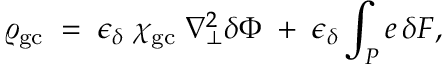
\varrho _ { \mathrm { g c } } \; = \; \epsilon _ { \delta } \; \chi _ { \mathrm { g c } } \; \nabla _ { \bot } ^ { 2 } \delta \Phi \; + \; \epsilon _ { \delta } \int _ { P } e \, \delta F ,